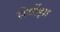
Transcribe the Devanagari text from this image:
सेर्योझा